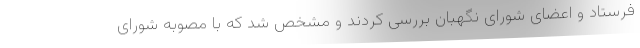
فرستاد و اعضای شورای نگهبان بررسی کردند و مشخص شد که با مصوبه شورای